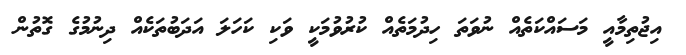
އިޖުތިމާއީ މަސައްކަތެއް ނުވަތަ ހިދުމަތެއް ކުރުވުމަކީ ވަކި ކަހަލަ އަދަބުތަކެއް ދިނުމުގެ ގޮތުން